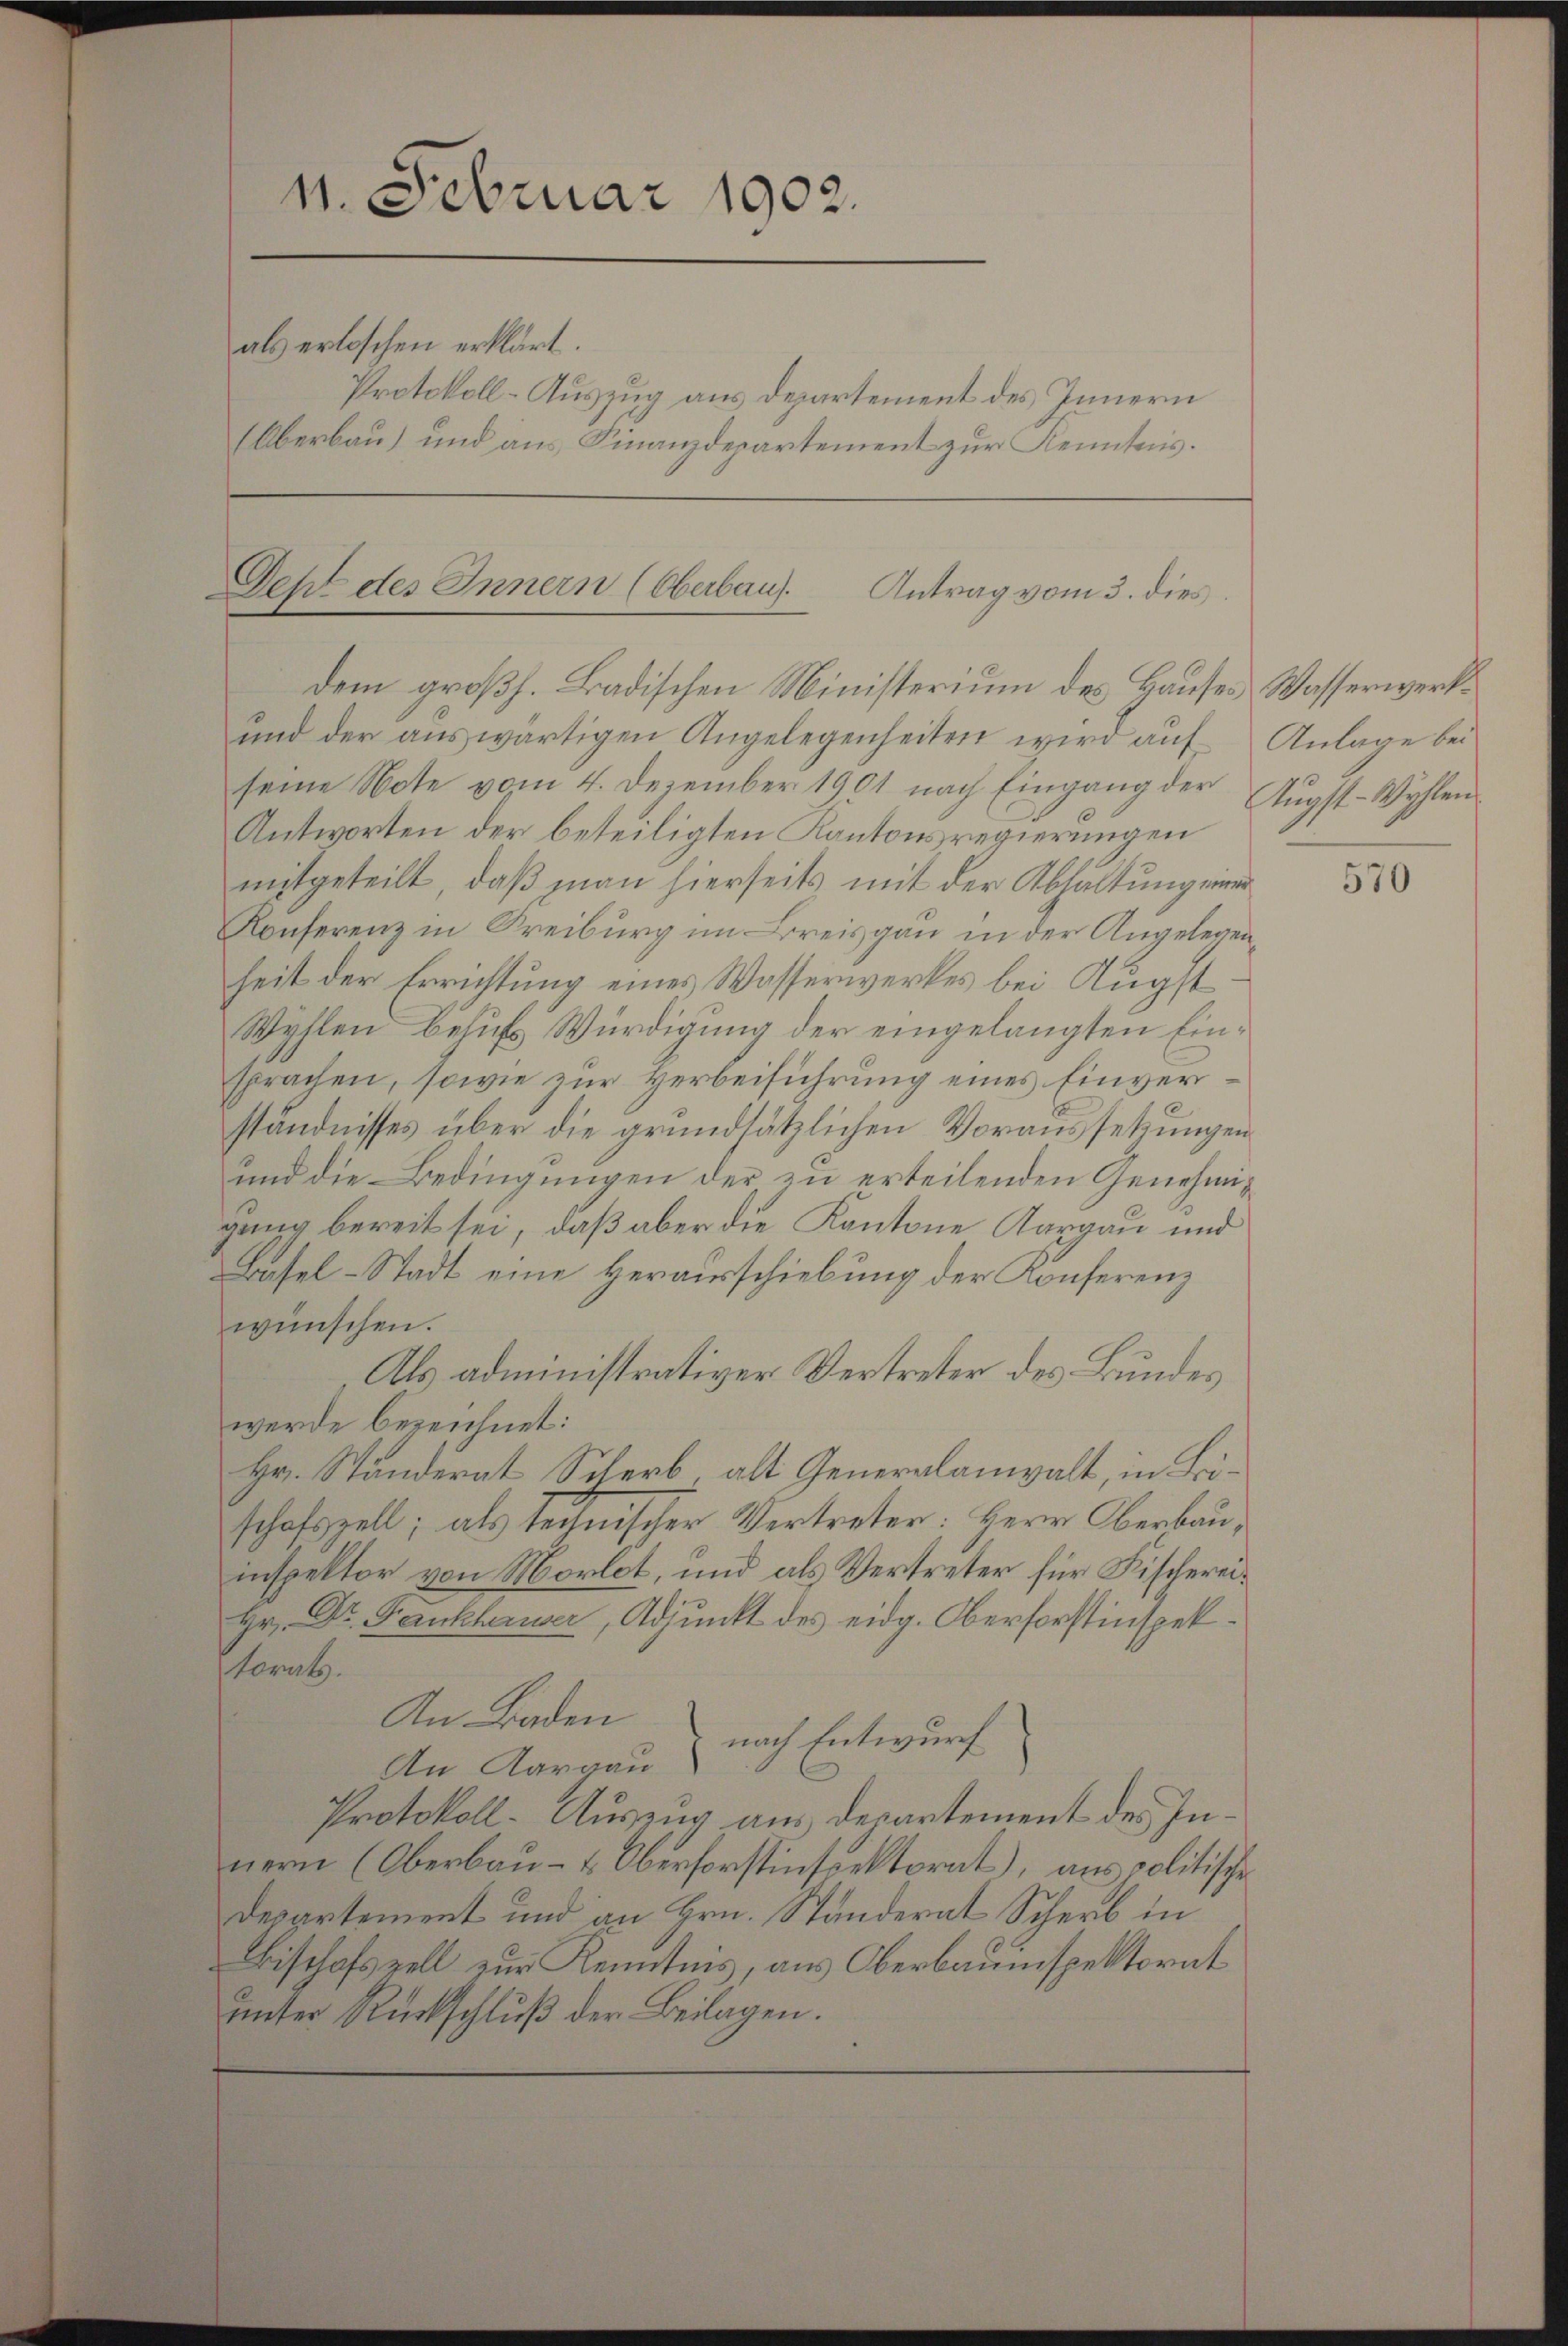
11. Februar 1902.
als erloschen erklärt.
Protokoll-Auszug aus Departement des Innern
(Überbau) und aus Finanzdepartement zur Kenntnis.

Seht des Innern (Oberbaus. Antrag vom 3. dies
dem großh. Badischen Ministerium des Hauses Wasserwerk¬

und der auswärtigen Angelegenheiten wird auf Anlage bei
seine Note vom 4. Dezember 1901 nach Eingang der Aŭgst-Wahlen
Antworten der beteiligten Kantonsregierungen
mitgeteilt, daß man hierseits mit der Abhaltung einer
Konferenz in Freiburg im Breisgau in der Angelegenheit der Errichtung eines Wasserwerkes bei Augst
Wyhlen behufs Würdigung der eingelangten Einsprachen, sowie zur Herbeiführung eines Einverständnisses über die grundsätzlichen Voraussetzungen
und die Bedingungen der zu erteilenden Genehmigung bereit sei, daß aber die Kantone Aargau und
Basel-Stadt eine Herausschiebung der Konferenz
wünschen.
Als administrativer Vertreter des Bundes
werde bezeichnet:
Hr. Ständerat Scher, alt Generalanwalt, in Brischafszell; als technischer Vertreter: Herr Oberbauinspektor von Morlot, und als Vertreter für Fischerei¬
Hr. Dr. Fenckheriser, Adjunkt des eidg. Oberforstinspekhoral.
An Baden
nach Entwurf
An Aargau
Protokoll-Auszug aus Departement des Innern (Oberbau- & Oberforstinspektorat), aus politische
Departement und an Hrn. Ständerat Scherb in
Bisthofszell zur Kenntnis, aus Oberbauinspektorat
unter Rückschluß der Beilagen.

570